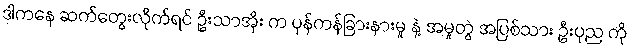
ဒါကနေ ဆက်တွေးလိုက်ရင် ဦးသာအိုး က ပုန်ကန်ခြားနားမှု နဲ့ အမှုတွဲ အပြစ်သား ဦးပုည ကို